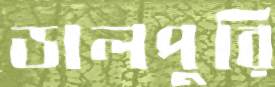
ডালপুরি